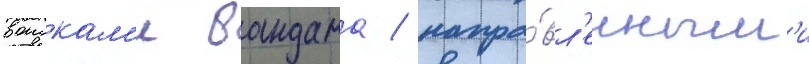
воискам'и вандама / напра́вл'енным'и